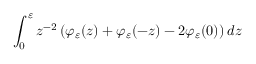
\int _ { 0 } ^ { \varepsilon } z ^ { - 2 } \left( \varphi _ { \varepsilon } ( z ) + \varphi _ { \varepsilon } ( - z ) - 2 \varphi _ { \varepsilon } ( 0 ) \right) \mathop { } \! { d { z } }